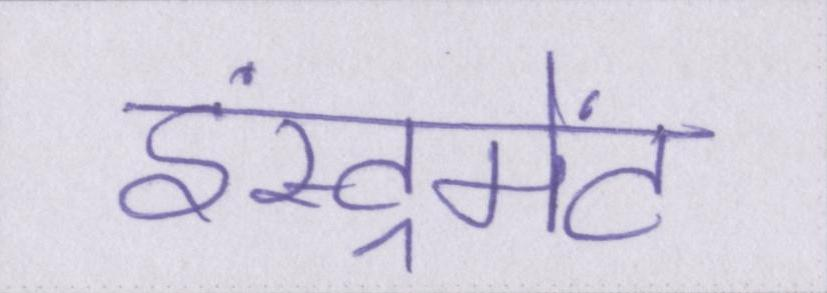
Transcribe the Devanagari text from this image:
इंस्ट्रूमेंट